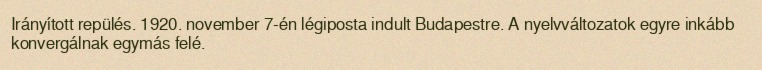
Irányított repülés. 1920. november 7-én légiposta indult Budapestre. A nyelvváltozatok egyre inkább konvergálnak egymás felé.